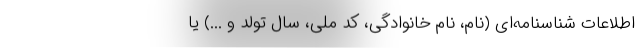
اطلاعات شناسنامه‌ای (نام، نام خانوادگی، کد ملی، سال تولد و ...) یا